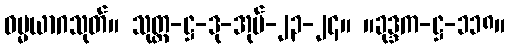
ဓမ္မယာဂသုတ်။ သုတ္တ-ဋ္ဌ-ဒု-အုပ်-၂၃-၂၄။ ။ခုဒ္ဒက-ဋ္ဌ-၁၁၈။